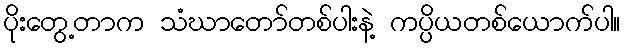
ပိုးတွေ့တာက သံဃာတော်တစ်ပါးနဲ့ ကပ္ပိယတစ်ယောက်ပါ။